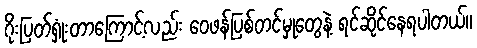
ဂိုးပြတ်ရှုံးတာကြောင့်လည်း ဝေဖန်ပြစ်တင်မှုတွေနဲ့ ရင်ဆိုင်နေရပါတယ်။